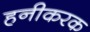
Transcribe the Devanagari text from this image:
हनीकरक